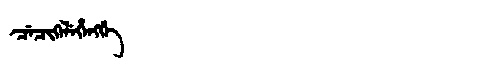
Manchu: ᠴᡝᠴᡳᡴᡝᠯᡝᡥᡝᠩᡤᡝ
Romanization: CECIKELEHENGGE